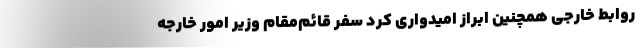
روابط خارجی همچنین ابراز امیدواری کرد سفر قائم‌مقام وزیر امور خارجه